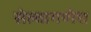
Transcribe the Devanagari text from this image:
सेल्वागणेश